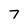
Character: 7